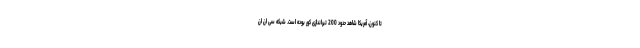
تا کنون، آمریکا شاهد حدود 200 تیراندازی کور بوده است. شبکه سی ان ان